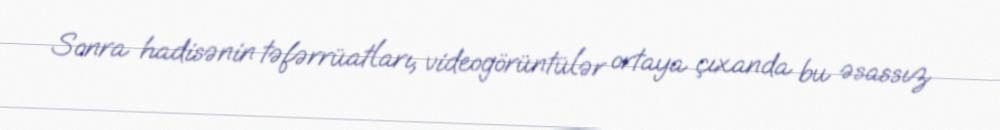
Sonra hadisənin təfərrüatları, videogörüntülər ortaya çıxanda bu əsassız